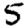
Digit: 5